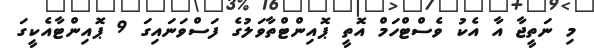
މި ނަތީޖާ އާ އެކު ވެސްޓްހަމް އޮތީ ޕޮއިންޓްތާވަލުގެ ފަސްވަނައިގަ 9 ޕޮއިންޓާއެކީގަ